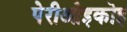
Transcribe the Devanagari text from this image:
पेरीओइकोइ